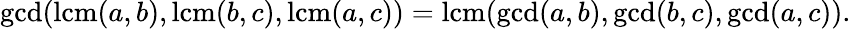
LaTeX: \operatorname*{gcd}(\operatorname{lcm}(a,b),\operatorname{lcm}(b,c),\operatorname{lcm}(a,c))=\operatorname{lcm}(\operatorname*{gcd}(a,b),\operatorname*{gcd}(b,c),\operatorname*{gcd}(a,c)).